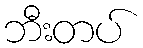
ဘီးတပ်